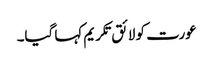
عورت کو لائق تکریم کہا گیا۔